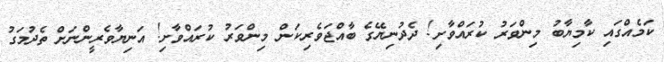
ކަމެއްގައި ކާމިޔާބު މިންވަރު ކުރައްވާށި! ދެދުނިޔޭގެ ބާއްޖަވެރިކަން މިންވަރު ކުރައްވާށި! އަނިޔާވެރީންނަށް ތެދުމަގު